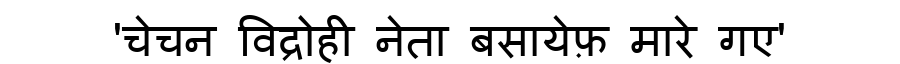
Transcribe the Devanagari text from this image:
'चेचन विद्रोही नेता बसायेफ़ मारे गए'